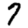
Digit: 7